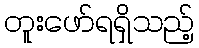
တူးဖော်ရရှိသည့်